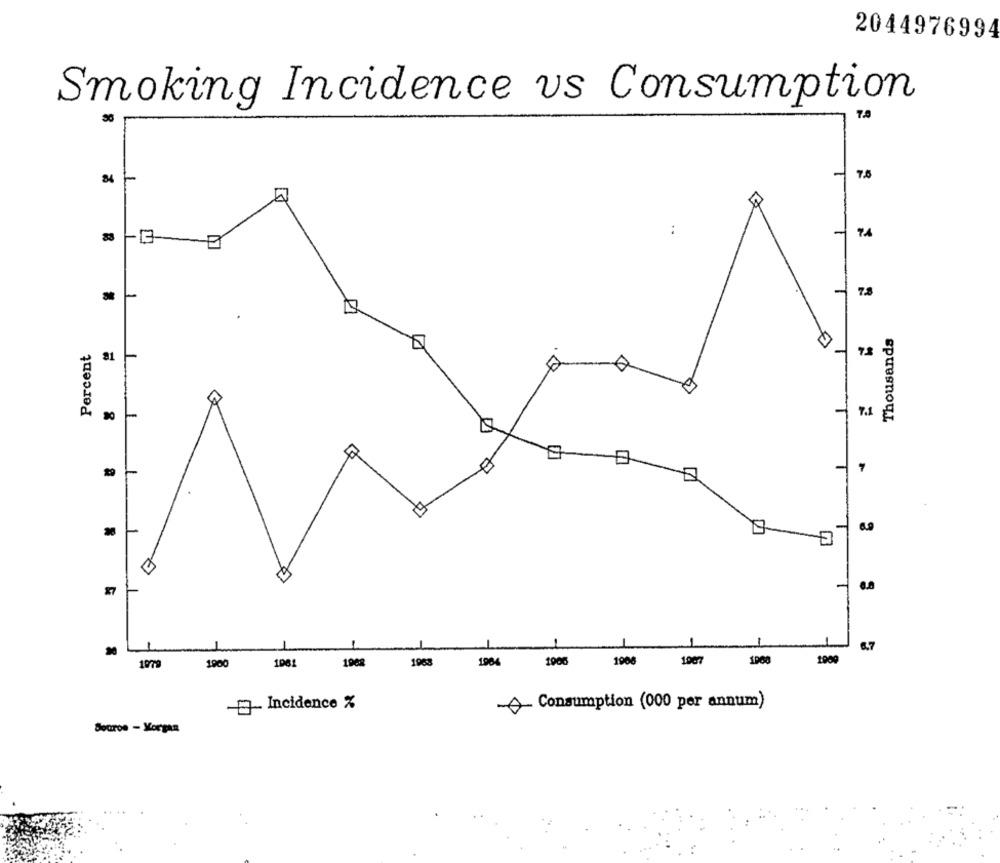
2044976994
Smoking Incidence vs Consumption
84
7.5
..
7.4
7.8
Thousands
Percent
81
7.1
-
7
-
6.7
1079
1900
1081
1908
1963
1904
1000
1906
1007
1000
1909
Incidence %
Consumption (000 per annum)
Sopron - Korgan